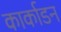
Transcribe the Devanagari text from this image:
कार्काडन